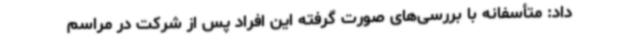
داد: متأسفانه با بررسی‌های صورت گرفته این افراد پس از شرکت در مراسم